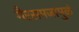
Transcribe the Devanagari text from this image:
गैरसमजामुळं